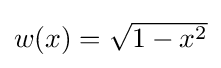
{\textstyle w(x)={\sqrt {1-x^{2}}}}